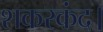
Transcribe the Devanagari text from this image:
शकरकंद।